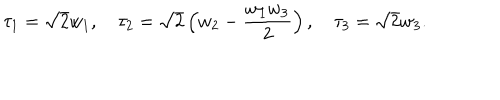
\tau _ { 1 } = \sqrt { 2 } w _ { 1 } , \quad \tau _ { 2 } = \sqrt { 2 } \left( w _ { 2 } - \frac { w _ { 1 } w _ { 3 } } { 2 } \right) , \quad \tau _ { 3 } = \sqrt { 2 } w _ { 3 } .